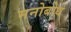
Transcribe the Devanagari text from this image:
मनोबोध